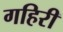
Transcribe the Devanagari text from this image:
गहिरी